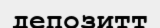
депозитт